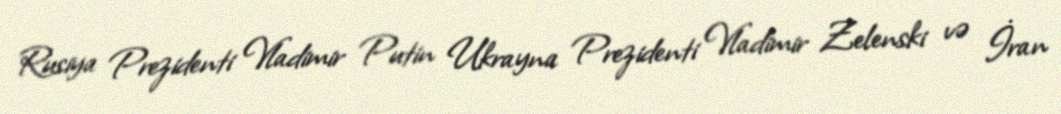
Rusiya Prezidenti Vladimir Putin Ukrayna Prezidenti Vladimir Zelenski və İran